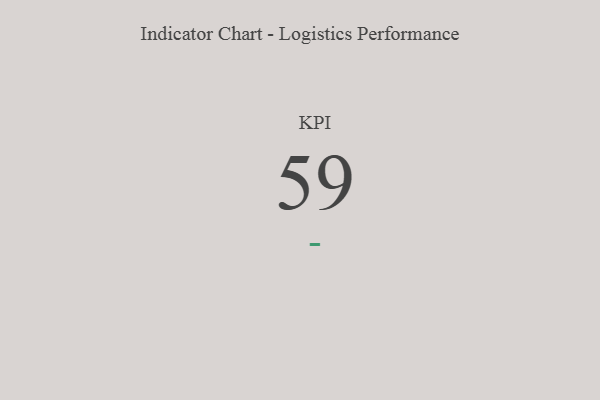
{"axis": {"x": "KPI", "y": "Value"}, "legend": [""], "data": [{"x": "KPI", "y": 59, "type": ""}]}